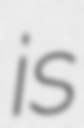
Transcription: is